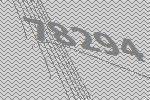
78294